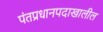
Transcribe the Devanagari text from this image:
पंतप्रधानपदाखालील